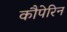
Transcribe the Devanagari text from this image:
कौपेरिन